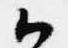
候